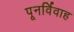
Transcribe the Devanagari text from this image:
पूनर्विवाह